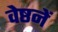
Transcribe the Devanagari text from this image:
वेष्ठनें